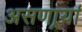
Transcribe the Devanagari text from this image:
असणार्र्या